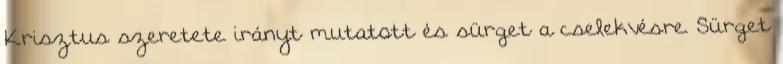
Krisztus szeretete irányt mutatott és sürget a cselekvésre. Sürget